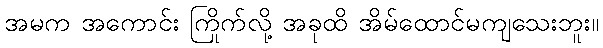
အမက အကောင်း ကြိုက်လို့ အခုထိ အိမ်ထောင်မကျသေးဘူး။